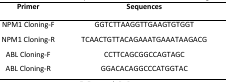
| Primer | Sequences |
 | --- | --- |
 | NPM1 Cloning-F | GGTCTTAAGGTTGAAGTGTGGT |
 | NPM1 Cloning-R | TCAACTGTTACAGAAATGAAATAAGACG |
 | ABL Cloning-F | CCTTCAGCGGCCAGTAGC |
 | ABL Cloning-R | GGACACAGGCCCATGGTAC |